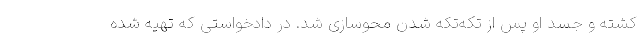
کشته و جسد او پس از تکه‌تکه شدن محوسازی شد. در دادخواستی که تهیه شده